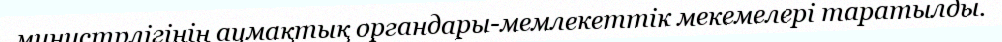
министрлігінің аумақтық органдары-мемлекеттік мекемелері таратылды.